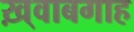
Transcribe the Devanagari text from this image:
ख़्वाबगाह